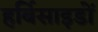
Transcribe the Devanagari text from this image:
हर्बिसाइडों